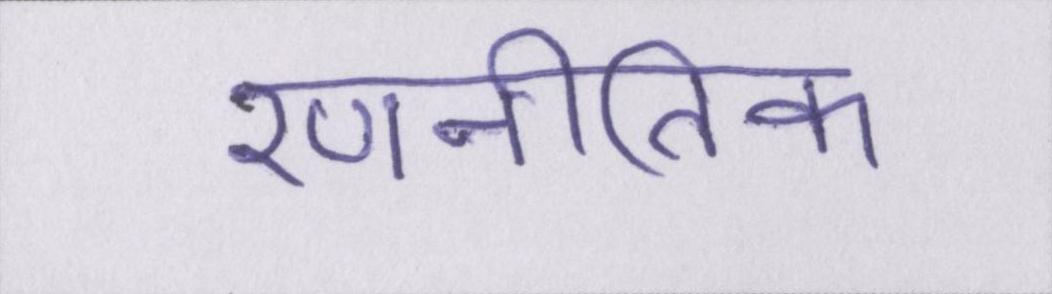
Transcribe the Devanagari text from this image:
रणनीतिक